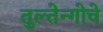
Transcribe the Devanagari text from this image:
तुल्तेन्गोचे